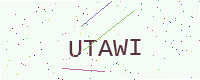
Text: UTAWI